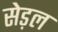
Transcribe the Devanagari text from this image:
सेड़ल